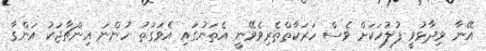
އޭނާ ވިދާޅުވީ ފުލުހަކަށް ވެސް ހަރަކާތްތެރިވެވޭނީ އެތަނުގައި އެވަގުތު ހުންނަ އިންޗާޖަކު އަންގާ